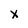
Character: X